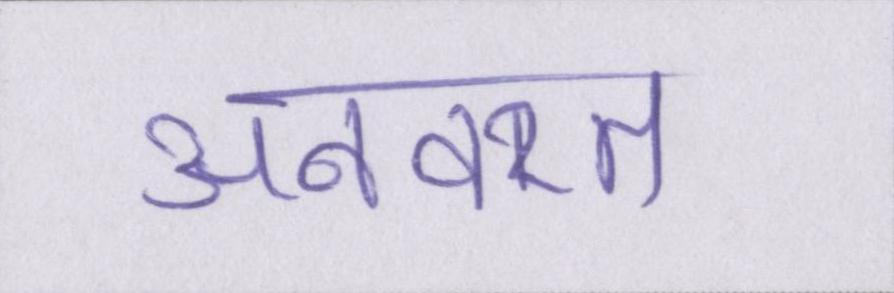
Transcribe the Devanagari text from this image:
अनवरत